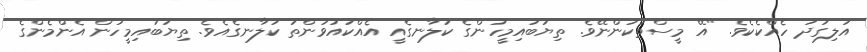
އަލިގަދަ ހެއްކެކެވެ. "އޭ މީސްތަކުންނޭވެ. ތިޔަބައިމީހުންގެ ކަލާނގެއީ އެއްކައުވަންތަ ކަލާނގެއެވެ. ތިޔަބައިމީހުން އެންމެންގެ